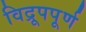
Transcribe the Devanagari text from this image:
विद्रूपपूर्ण